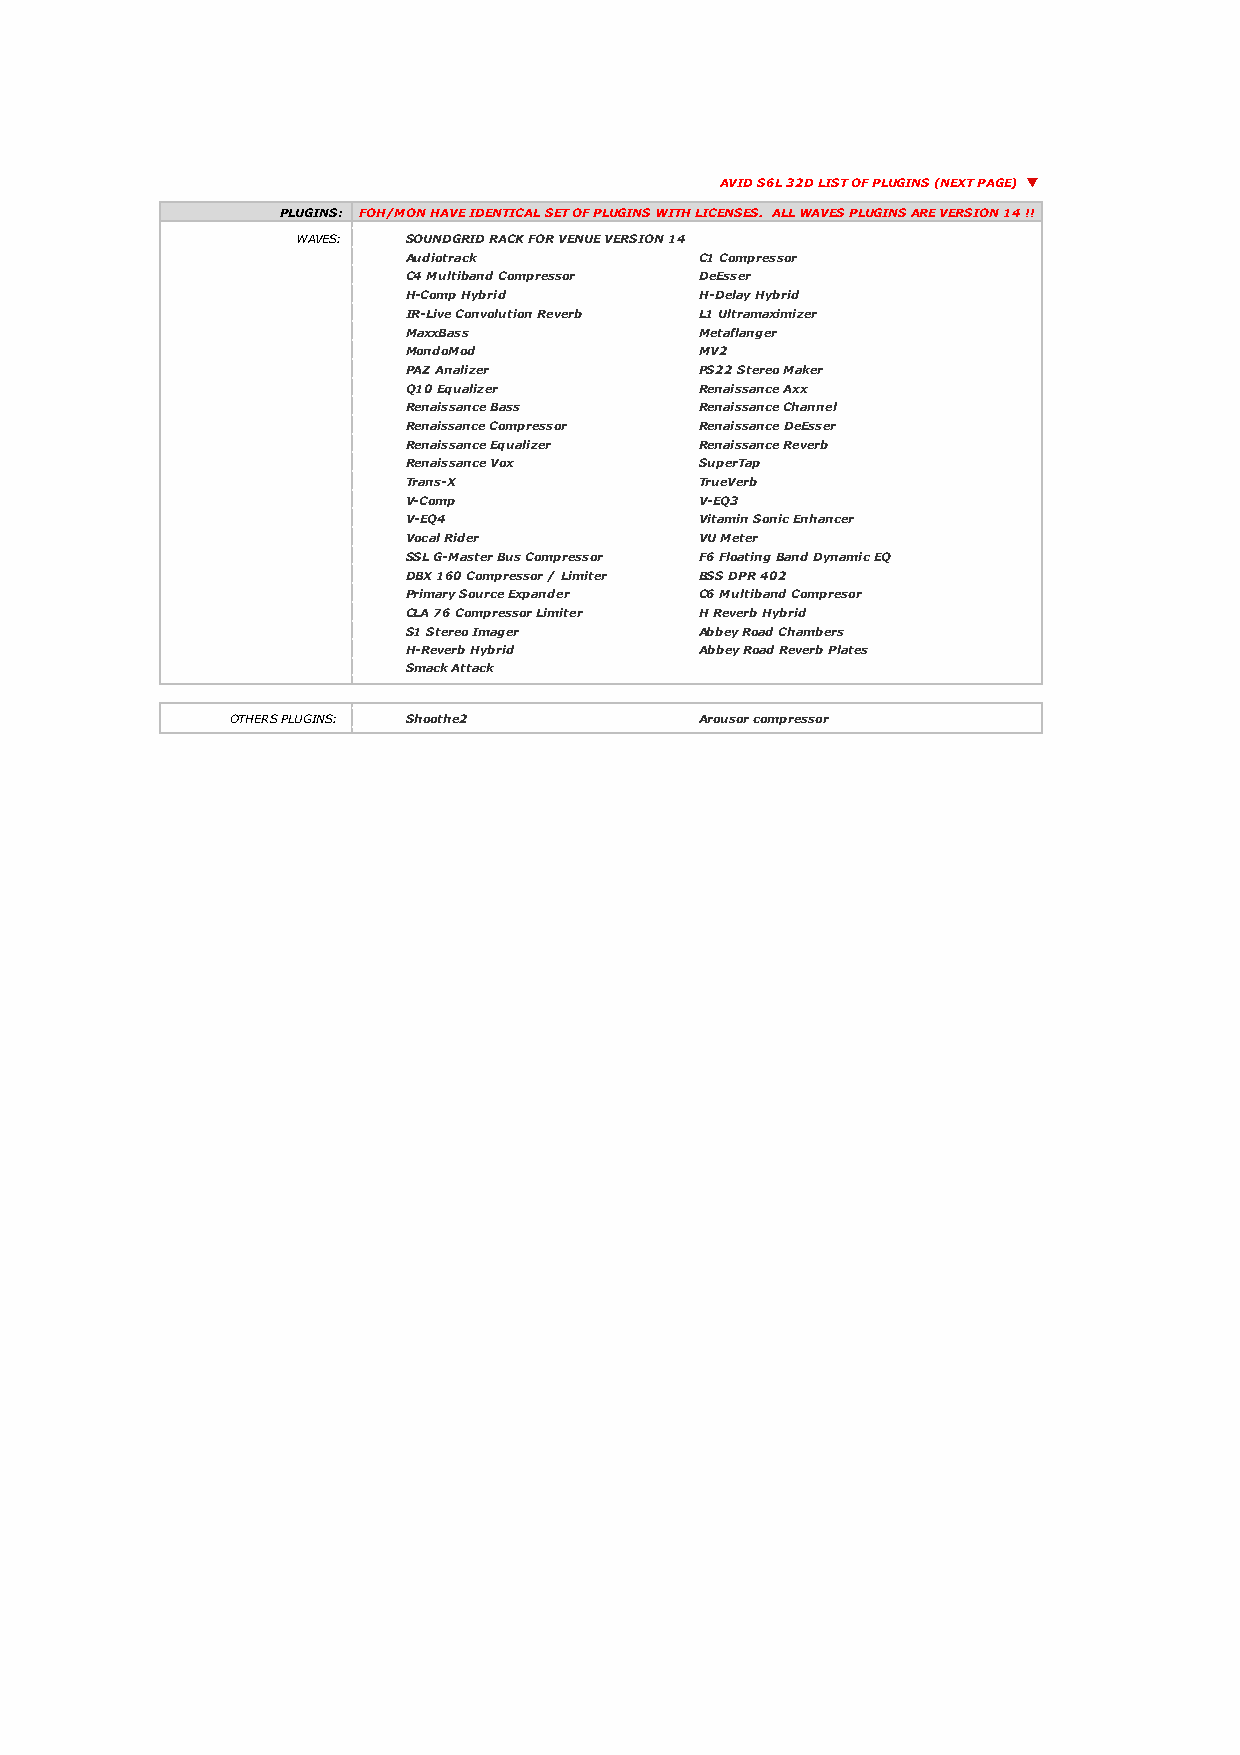
AVID S6L 32D LIST OF PLUGINS (NEXT PAGE) q
 PLUGINS: FOH/MON HAVE IDENTICAL SET OF PLUGINS WITH LICENSES. ALL WAVES PLUGINS ARE VERSION 14 !!
 WAVES: SOUNDGRID RACK FOR VENUE VERSION 14
 Audiotrack         C1 Compressor
 C4 Multiband Compressor DeEsser
 H-Comp Hybrid      H-Delay Hybrid
 IR-Live Convolution Reverb L1 Ultramaximizer
 MaxxBass           Metaflanger
 MondoMod           MV2
 PAZ Analizer       PS22 Stereo Maker
 Q10 Equalizer      Renaissance Axx
 Renaissance Bass   Renaissance Channel
 Renaissance Compressor Renaissance DeEsser
 Renaissance Equalizer Renaissance Reverb
 Renaissance Vox    SuperTap
 Trans-X            TrueVerb
 V-Comp             V-EQ3
 V-EQ4              Vitamin Sonic Enhancer
 Vocal Rider        VU Meter
 SSL G-Master Bus Compressor F6 Floating Band Dynamic EQ
 DBX 160 Compressor / Limiter BSS DPR 402
 Primary Source Expander C6 Multiband Compresor
 CLA 76 Compressor Limiter H Reverb Hybrid
 S1 Stereo Imager   Abbey Road Chambers
 H-Reverb Hybrid    Abbey Road Reverb Plates
 Smack Attack
 OTHERS PLUGINS: Shoothe2       Arousor compressor